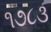
૧૭૮૩